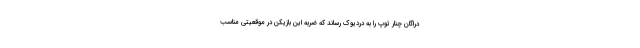
دراگان چنار توپ را به دردیوک رساند که ضربه این بازیکن در موقعیتی مناسب